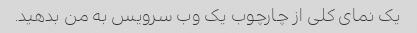
یک نمای کلی از چارچوب یک وب سرویس به من بدهید.